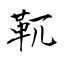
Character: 靰